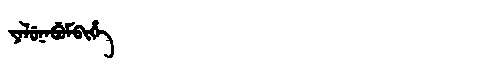
Manchu: ᠶᠠᠯᡠᠨᠠᠪᡠᠮᠪᡳᡥᡝ
Romanization: YALUNABUMBIHE